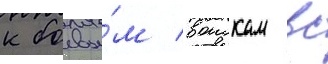
к боевы́м воискам вс